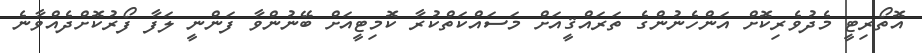
އޮތޯރިޓީ މެދުވެރިކޮށް އަންހެނުންގެ ތަރައްޤީއަށް މަސައްކަތްކުރާ ކޮމިޓީއަށް ބޭނުންވާ ފަންނީ ލަފާ ފޯރުކޮށްދެއްވާނެ